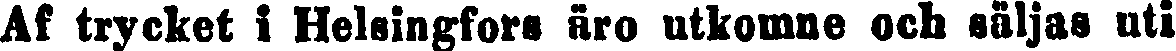
Af trycket i Helsingfors äro utkomne och säljas uti